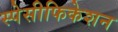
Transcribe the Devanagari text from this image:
स्पेसीफिकेशन